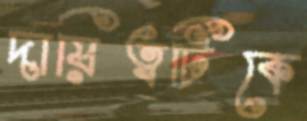
দায়িত্বটিকে